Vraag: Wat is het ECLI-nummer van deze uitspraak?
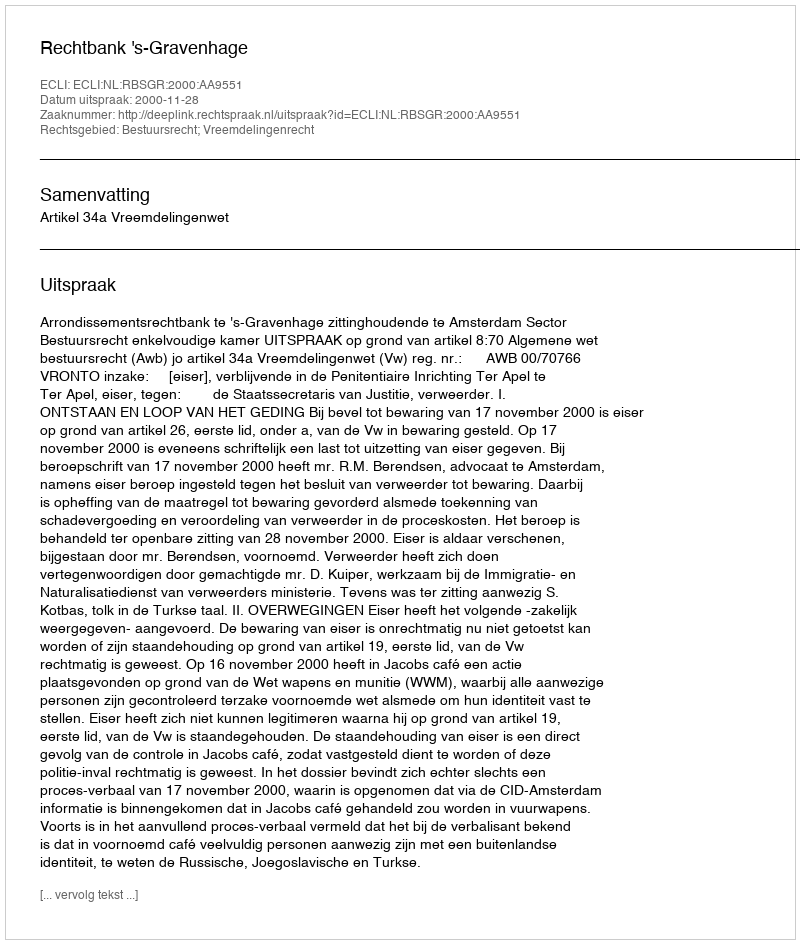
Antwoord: ECLI:NL:RBSGR:2000:AA9551